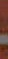
-